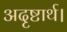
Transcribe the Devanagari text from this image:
अदृष्टार्थ।